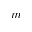
m